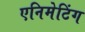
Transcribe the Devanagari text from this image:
एनिमेटिंग